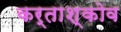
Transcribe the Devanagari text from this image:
कर्ताश्कोव